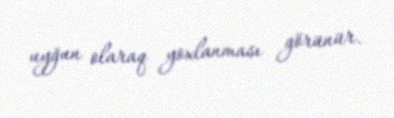
uyğun olaraq yoxlanması görünür.